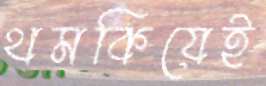
থমকিয়েই